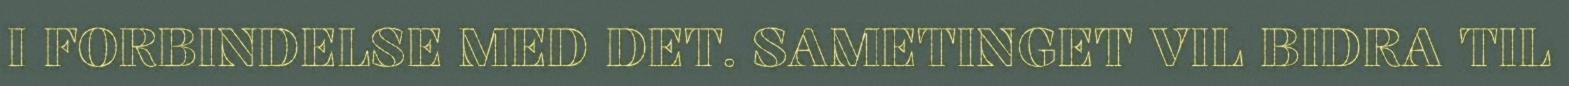
I FORBINDELSE MED DET. SAMETINGET VIL BIDRA TIL